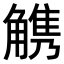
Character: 𧤤